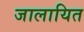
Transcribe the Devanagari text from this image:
जालायित